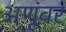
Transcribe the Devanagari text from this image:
अणूंवर